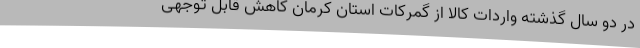
در دو سال گذشته واردات کالا از گمرکات استان کرمان کاهش قابل توجهی